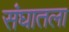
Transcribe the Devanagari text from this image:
संघातला